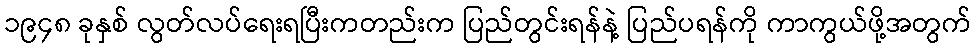
၁၉၄၈ ခုနှစ် လွတ်လပ်ရေးရပြီးကတည်းက ပြည်တွင်းရန်နဲ့ ပြည်ပရန်ကို ကာကွယ်ဖို့အတွက်